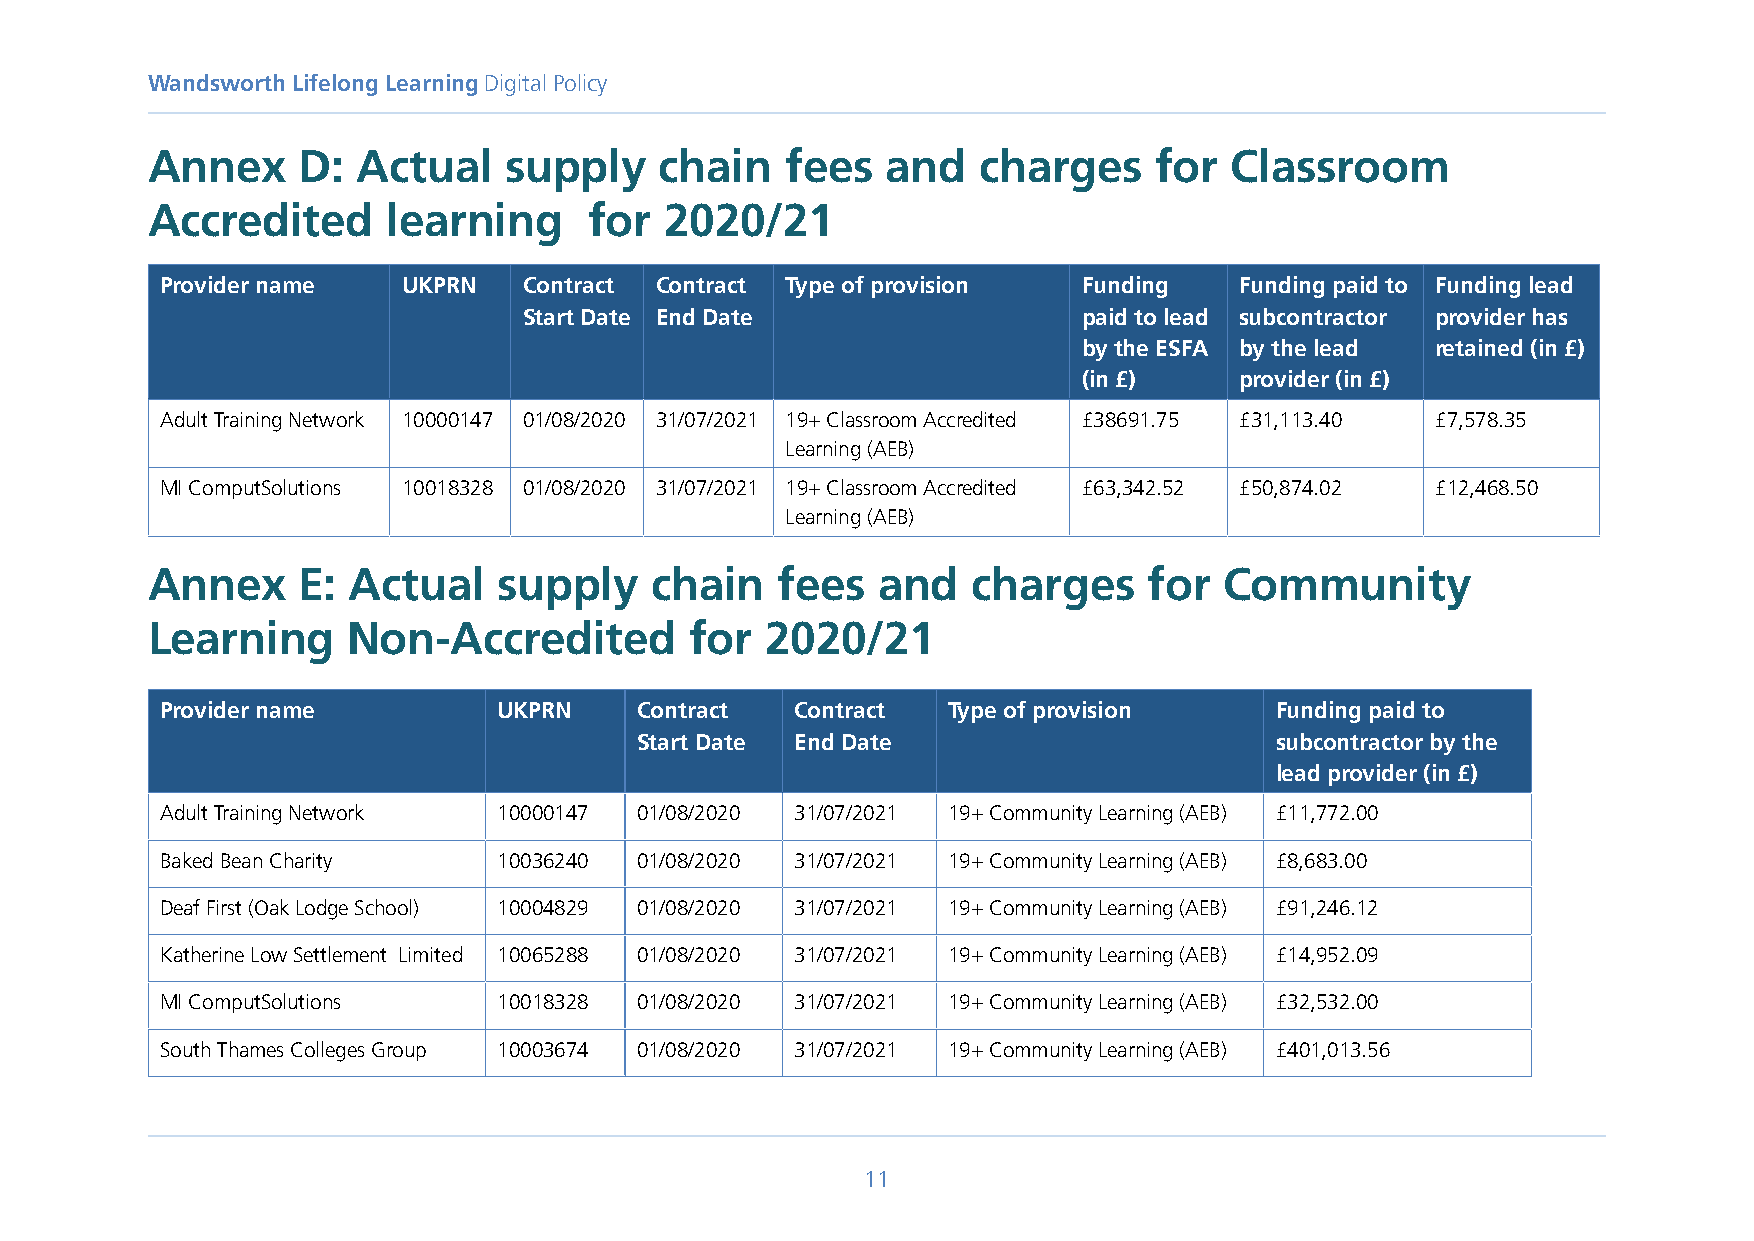
Wandsworth Lifelong Learning Digital Policy
 Annex     D:  Actual   supply     chain   fees   and   charges     for  Classroom
 Accredited      learning     for  2020/21
 Provider name   UKPRN   Contract Contract Type of provision  Funding   Funding paid to Funding lead
 Start Date End Date                  paid to lead subcontractor provider has
 by the ESFA by the lead retained (in £)
 (in £)    provider (in £)
 Adult Training Network 10000147 01/08/2020 31/07/2021 19+ Classroom Accredited £38691.75 £31,113.40 £7,578.35
 Learning (AEB)
 MI ComputSolutions 10018328 01/08/2020 31/07/2021 19+ Classroom Accredited £63,342.52 £50,874.02 £12,468.50
 Learning (AEB)
 Annex     E: Actual    supply    chain   fees   and   charges     for  Community
 Learning     Non-Accredited         for  2020/21
 Provider name         UKPRN    Contract   Contract  Type of provision    Funding paid to
 Start Date End Date                       subcontractor by the
 lead provider (in £)
 Adult Training Network 10000147 01/08/2020 31/07/2021 19+ Community Learning (AEB) £11,772.00
 Baked Bean Charity    10036240 01/08/2020 31/07/2021 19+ Community Learning (AEB) £8,683.00
 Deaf First (Oak Lodge School) 10004829 01/08/2020 31/07/2021 19+ Community Learning (AEB) £91,246.12
 Katherine Low Settlement Limited 10065288 01/08/2020 31/07/2021 19+ Community Learning (AEB) £14,952.09
 MI ComputSolutions    10018328 01/08/2020 31/07/2021 19+ Community Learning (AEB) £32,532.00
 South Thames Colleges Group 10003674 01/08/2020 31/07/2021 19+ Community Learning (AEB) £401,013.56
 11